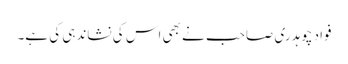
فواد چوہدری صاحب نے بھی اس کی نشاندہی کی ہے۔